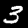
Digit: 3